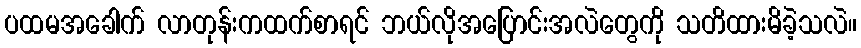
ပထမအခေါက် လာတုန်းကထက်စာရင် ဘယ်လိုအပြောင်းအလဲတွေကို သတိထားမိခဲ့သလဲ။